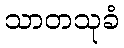
သာတသုခံ